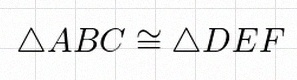
\triangle ABC\cong\triangle DEF